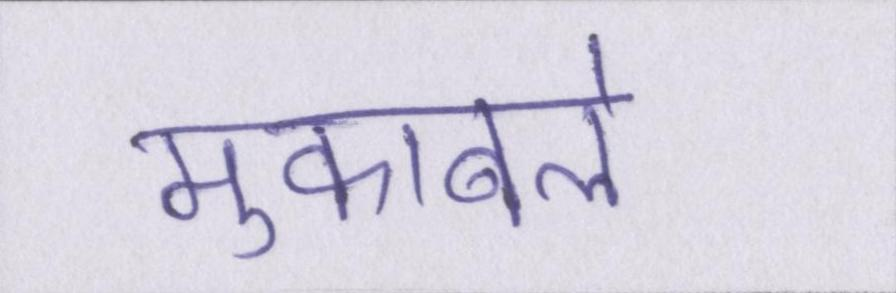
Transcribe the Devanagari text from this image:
मुकाबले